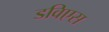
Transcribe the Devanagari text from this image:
डविएस